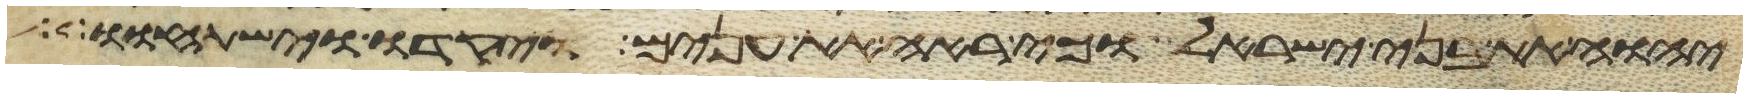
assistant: יהוה את בני ישראל וכי ראה את ענים ויקדו וישתחוו